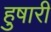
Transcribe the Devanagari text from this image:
हुषारी